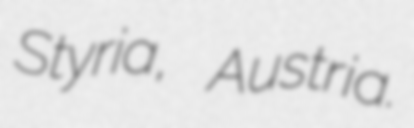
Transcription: Styria, Austria.